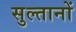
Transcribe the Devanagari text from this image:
सुल्‍तानों